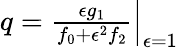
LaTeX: \begin{array}{r}{q=\frac{\epsilon g_{1}}{f_{0}+\epsilon^{2}f_{2}}\Big|_{\epsilon=1}}\end{array}